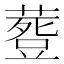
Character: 𮐾